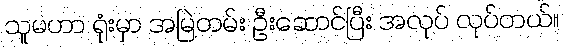
သူမဟာ ရုံးမှာ အမြဲတမ်း ဦးဆောင်ပြီး အလုပ် လုပ်တယ်။